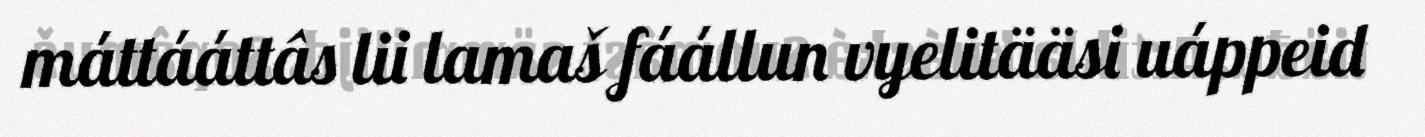
máttááttâs lii lamaš fáállun vyelitääsi uáppeid